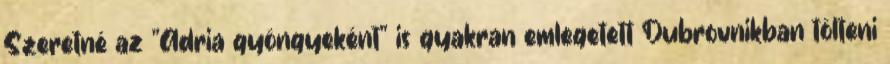
Szeretné az "Adria gyöngyeként" is gyakran emlegetett Dubrovnikban tölteni